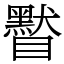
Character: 䁿